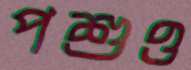
পশুও